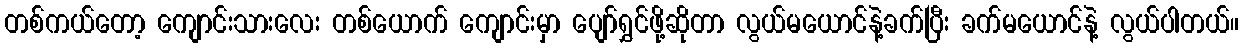
တစ်ကယ်တော့ ကျောင်းသားလေး တစ်ယောက် ကျောင်းမှာ ပျော်ရွှင်ဖို့ဆိုတာ လွယ်မယောင်နဲ့ခက်ပြီး ခက်မယောင်နဲ့ လွယ်ပါတယ်။